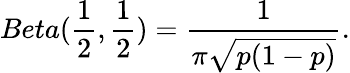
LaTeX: Beta({\frac{1}{2}},{\frac{1}{2}})={\frac{1}{\pi{\sqrt{p(1-p)}}}}.